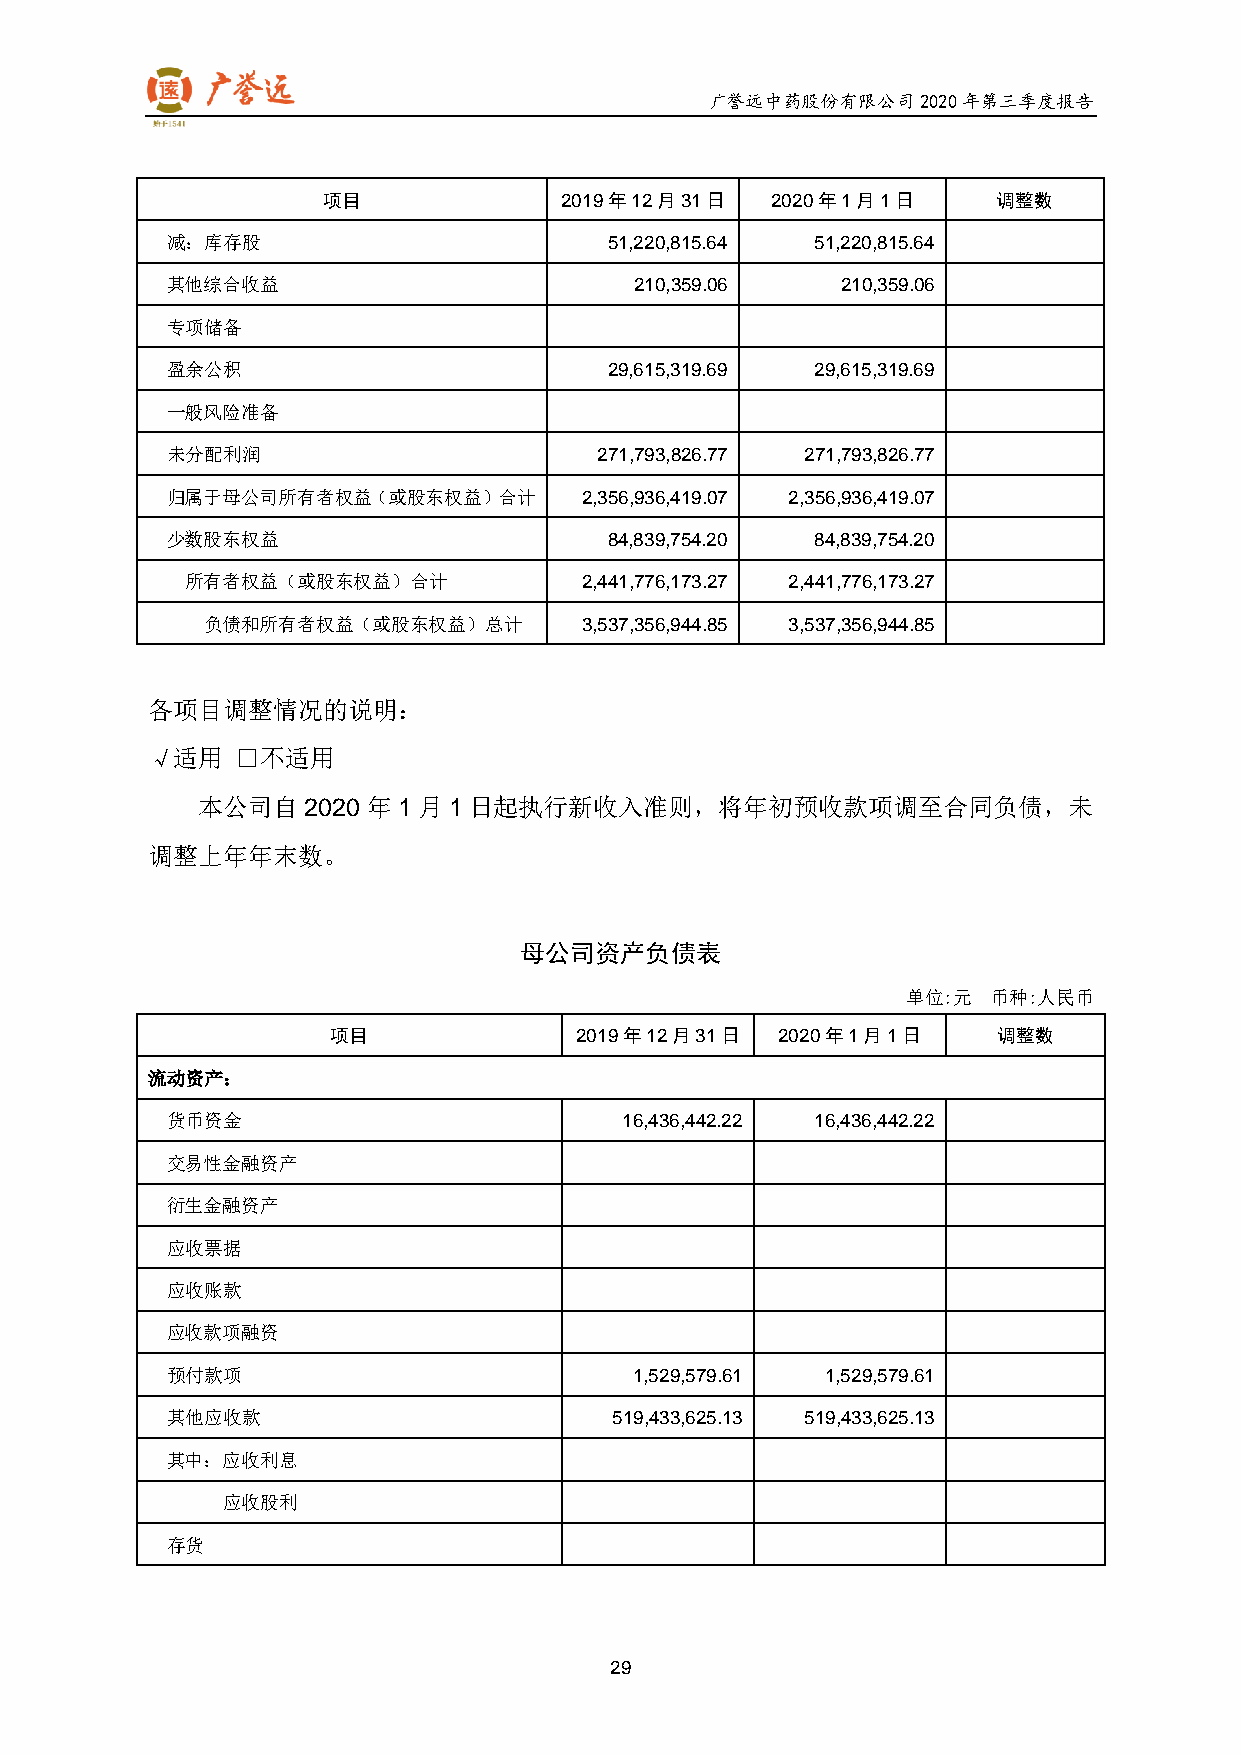
广誉远中药股份有限公司2020年第三季度报告
 项目              2019年12月31日   2020年1月1日      调整数
 减：库存股                        51,220,815.64 51,220,815.64
 其他综合收益                         210,359.06    210,359.06
 专项储备
 盈余公积                         29,615,319.69 29,615,319.69
 一般风险准备
 未分配利润                        271,793,826.77 271,793,826.77
 归属于母公司所有者权益（或股东权益）合计       2,356,936,419.07 2,356,936,419.07
 少数股东权益                       84,839,754.20 84,839,754.20
 所有者权益（或股东权益）合计            2,441,776,173.27 2,441,776,173.27
 负债和所有者权益（或股东权益）总计       3,537,356,944.85 3,537,356,944.85
 各项目调整情况的说明：
 √适用   □不适用
 本公司自2020   年1  月1 日起执行新收入准则，将年初预收款项调至合同负债，未
 调整上年年末数。
 母公司资产负债表
 单位:元  币种:人民币
 项目              2019年12月31日   2020年1月1日     调整数
 流动资产：
 货币资金                          16,436,442.22 16,436,442.22
 交易性金融资产
 衍生金融资产
 应收票据
 应收账款
 应收款项融资
 预付款项                           1,529,579.61 1,529,579.61
 其他应收款                         519,433,625.13 519,433,625.13
 其中：应收利息
 应收股利
 存货
 29